Uue-Poltsamaa_vallakohus, lk 76
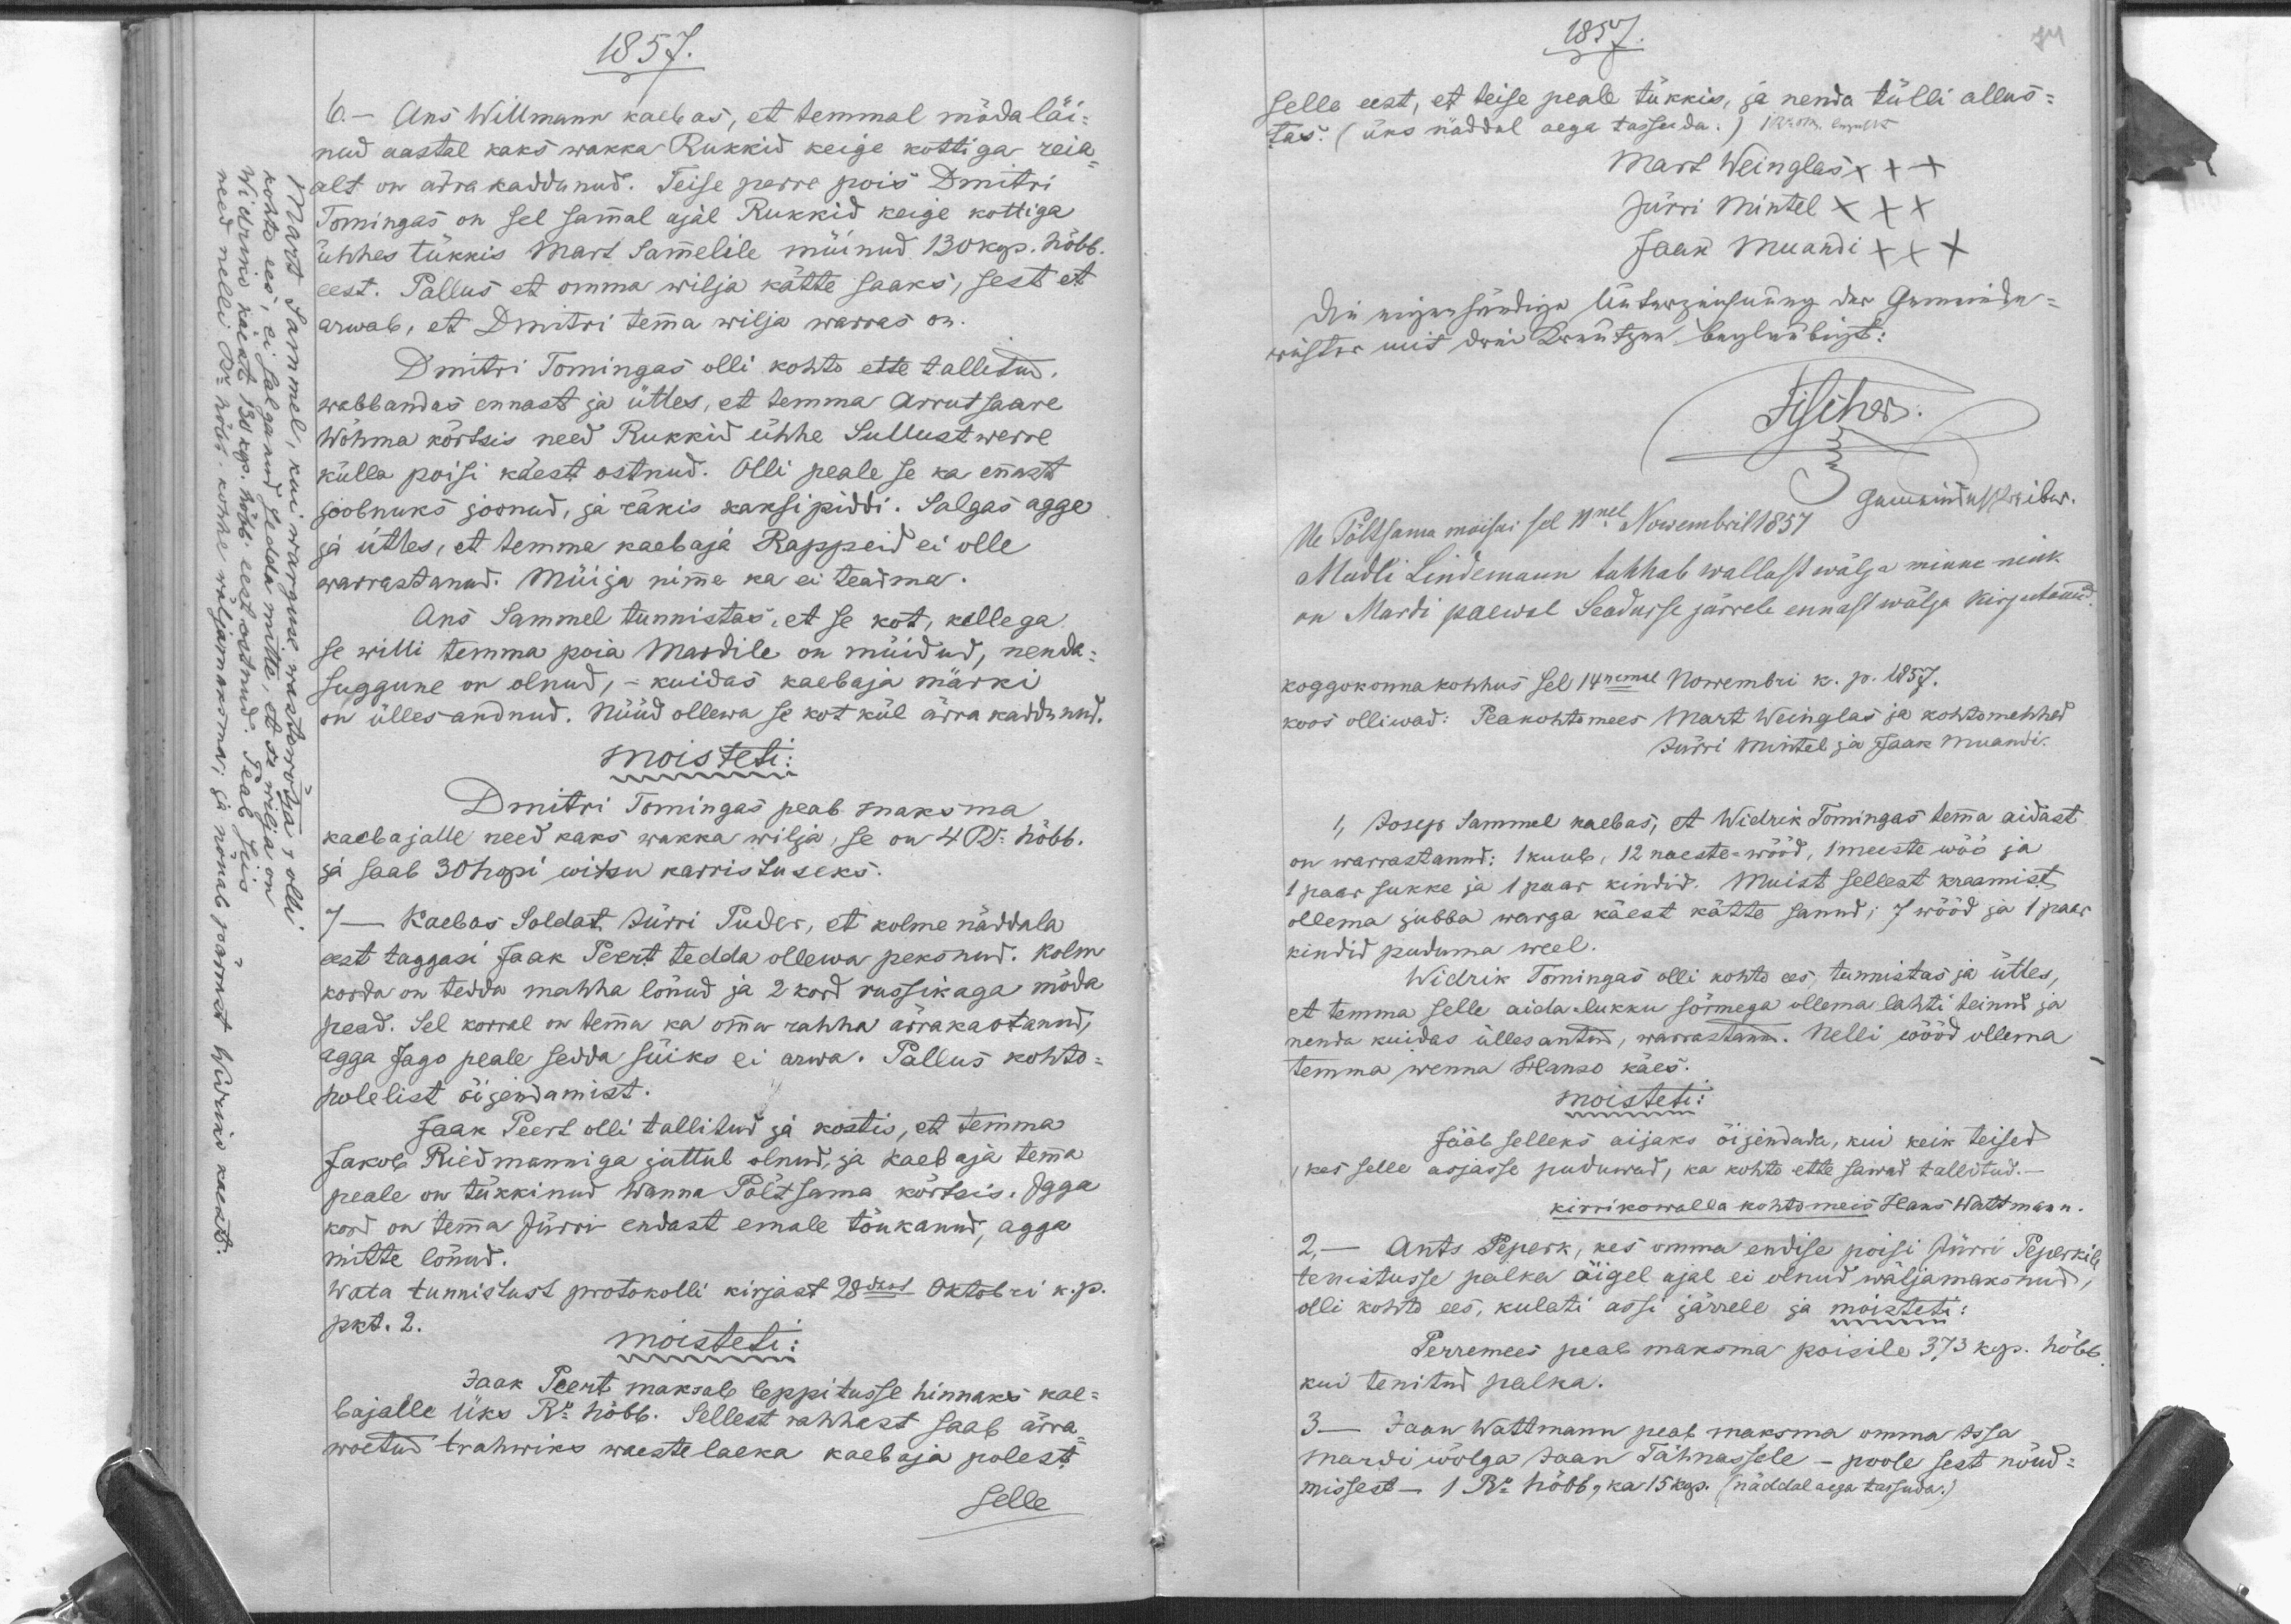
1857.
6. - Ans Willmann kaebas, et temmal mödaläi-
nud aastal kaks wakka Rukkid keige kottiga reia-
alt on ärrakaddunud. Teise perre pois Dmitri
Tomingas on sel sammal ajal Rukkid keige kottiga
ühhes tükkis Mart Sammelile müinud 130 kop. hõbb.
eest. Pallus et omma wilja kätte saaks, sest et
arwab, et Dmitri temma wilja warras on.
Dmitri Tomingas olli kohtu ette tallitud,
wabbandas ennast ja ütles, et temma Arrutsaare
Wõhma kõrtsis need Rukkid ühhe Sullustwerre
külla poisi käest ostnud. Olli peale se ka ennast
joobnuks joonud, ja räkis kaksipiddi. Salgas agga
ja ütles, et temma kaebaja Rappeid ei olle
warrastanud. Müija nime ka ei teadma.
Ans Sammel tunnistas, et se kot, kellega
se willi temma poia Mardile on müidud, nenda-
suggune on olnud, - kuidas kaebaja märki
on ülles andnud. Nüüd ollewa se kot kül ärra kaddunud.
moisteti:
Dmitri Tomingas peab maksma
kaebajalle need kaks wakka wilja, se on 4 Ru. hõbb.
ja saab 30 hopi witsu karristuseks.
7 -
Kaebas Soldat Jurri Puder, et kolme näddala
eest taggasi Jaak Peert tedda ollewa peksnud. Kolm
korda on tedda mahha lönud ja 2 kord russikaga möda
pead. Sel korral on temma ka omma rahha ärrakaotanud,
agga Jago peale sedda süiks ei arwa. Pallus kohto-
polelist öijendamist.
Jaak Peert olli tallitud ja kostis, et temma
Jakob Riedmanniga juttul olnud, ja kaebaja temma
peale on tükkinud Wanna Põltsama kõrtsis. Igga
kord on temma Jürri endast emale tõukanud, agga
mitte lõnud.
Wata tunnistust protokolli kirjast 28dast Oktobri k. p.
pkt. 2.
moisteti:
Jaak Peert maksab leppitusse hinnaks kae-
bajalle üks Ru hõbb. Sellest rahhast saab ärra
woetud trahwiks waestelaeka kaebaja polest
selle

1857.
Selle eest, et teise peale tükkis, ja nenda tülli allus-
tas. (üks näddal aega tassuda. )
Mart Weinglas XXX
Jürri Mintel XXX
Jaan Muandi XXX
Ue Põltsama moisas sel 11nel Nowembril 1857
Madli Lindemann tahhab wallast wälja minne nink
on Mardi paewal Seadusse järrele ennast wälja kirjutanud.
koggokonnakohhus sel 14nemal Nowembri k. p. 1857.
koos olliwad. Peakohtomees Mart Weinglas ja kohtomehhed
Jürri Mintel ja Jaak Muandi
1,. Josep Sammel kaebas, et Widrik Tomingas temma aidast
on warrastanud: 1 kuub, 12 naeste-wööd, 1 meeste wöö ja 
1 paar sukke ja 1 paar kindid. Muist sellest kraamist
ollema jubba warga käest kätte sanud,. 7 wööd ja 1 paar
kindid puduma weel.
Widrik Tomingas olli kohto ees tunnistas ja ütles,
et temma selle aida-lukku sõrmega ollema lahti teinud ja
nenda kuidas üllesantud, warrastanud. Nelli wööd ollema
temma wenna Hanso käes.
moisteti:
Jääb selleks aijaks õijendada, kui keik teised
kes selle asjasse puduwad, ka kohto ette sawad tallitud.
kirrikowalla kohtomees Hans Wattmann.
2. -
Ants Peperk, kes omma endise poisi Jürri Peperkile
tenistusse palka õigel ajal ei olnud wälja maksnud,
olli kohto ees, kulati assi järrele ja
moisteti:
Perremees peab maksma poisile 373 kop. hõbb.
kui tenitud palka.
3 - Jaan Wattmann peab maksma omma Issa
Mardi wõlga Jaan Tähnassele - poole sest nõud-
missest - 1 Ru hõbb, ka 15 kop. (näddal aega tassuda.)